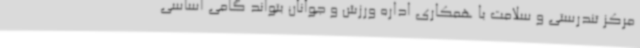
مرکز تندرستی و سلامت با همکاری اداره ورزش و جوانان بتواند گامی اساسی